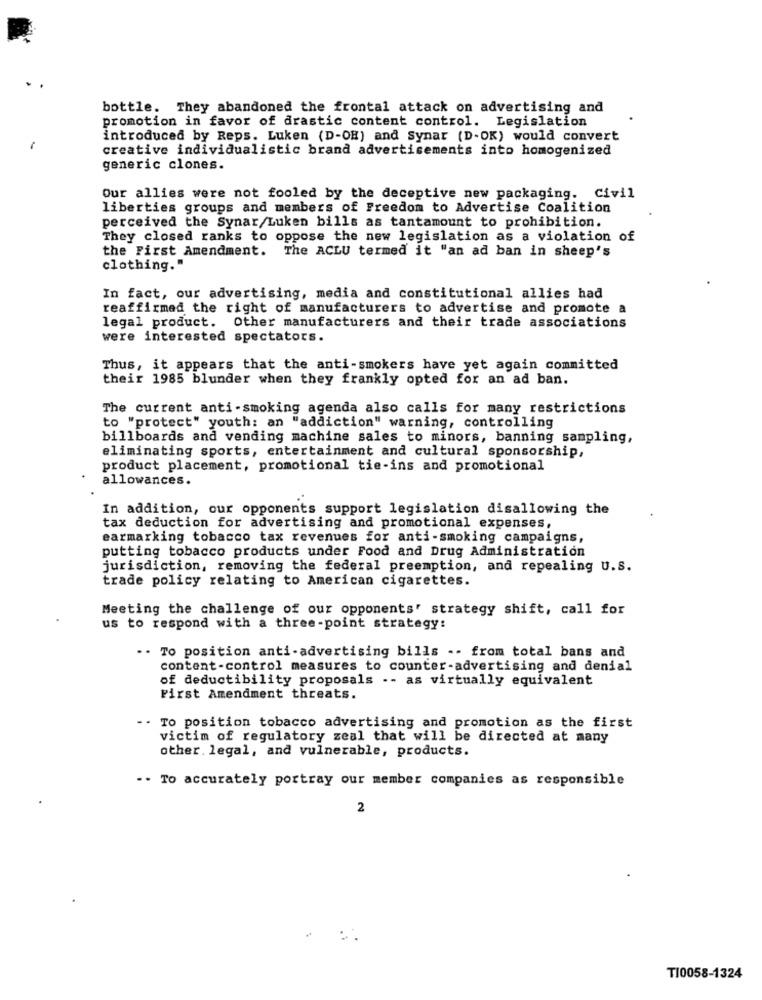
bottle. They abandoned the frontal attack on advertising and
promotion in favor of drastic content control. Legislation
introduced by Reps. Luken (D-OH) and Synar (D-OK) would convert
creative individualistic brand advertisements into homogenized
generic clones.
Our allies were not fooled by the deceptive new packaging. Civil
liberties groups and members of Freedom to Advertise Coalition
perceived the Synar/Luken bills as tantamount to prohibition.
They closed ranks to oppose the new legislation as a violation of
the First Amendment. The ACLU termed it "an ad ban in sheep's
clothing."
In fact, our advertising, media and constitutional allies had
reaffirmed the right of manufacturers to advertise and promote a
legal product. Other manufacturers and their trade associations
were interested spectators.
Thus, it appears that the anti-smokers have yet again committed
their 1985 blunder when they frankly opted for an ad ban.
The current anti -smoking agenda also calls for many restrictions
to "protect" youth: an "addiction" warning, controlling
billboards and vending machine sales to minors, banning sampling,
eliminating sports, entertainment and cultural sponsorship,
product placement, promotional tie-ins and promotional
allowances.
In addition, our opponents support legislation disallowing the
tax deduction for advertising and promotional expenses,
earmarking tobacco tax revenues for anti-smoking campaigns,
putting tobacco products under Food and Drug Administration
jurisdiction, removing the federal preemption, and repealing U.S.
trade policy relating to American cigarettes.
Meeting the challenge of our opponents' strategy shift, call for
us to respond with a three-point strategy:
-. To position anti-advertising bills -- from total bans and
content-control measures to counter-advertising and denial
of deductibility proposals -- as virtually equivalent
First Amendment threats.
-- To position tobacco advertising and promotion as the first
victim of regulatory zeal that will be directed at many
other. legal, and vulnerable, products.
.. To accurately portray our member companies as responsible
2
T10058-1324